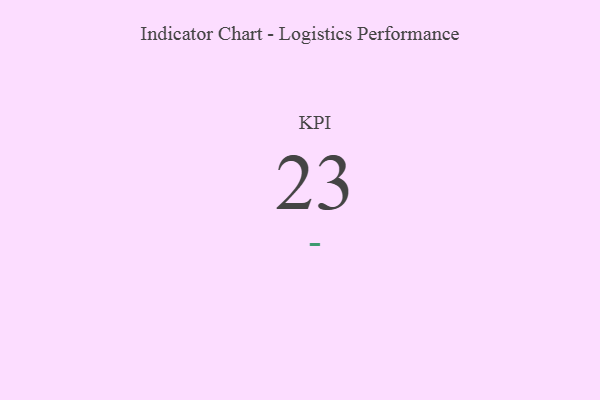
{"axis": {"x": "KPI", "y": "Value"}, "legend": [""], "data": [{"x": "KPI", "y": 23, "type": ""}]}